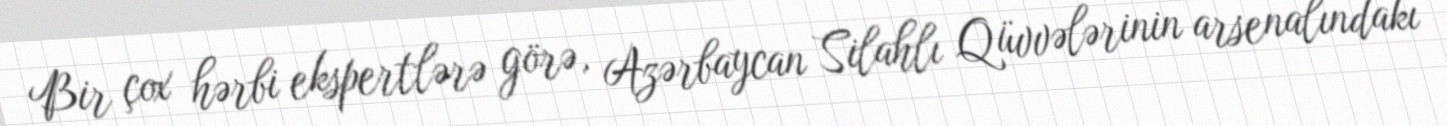
Bir çox hərbi ekspertlərə görə, Azərbaycan Silahlı Qüvvələrinin arsenalındakı